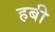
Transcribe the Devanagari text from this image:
हबी